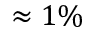
\approx 1 \%